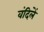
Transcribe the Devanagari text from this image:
वंदिलें